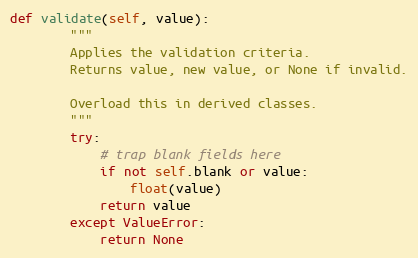
Language: Python
def validate(self, value):
        """
        Applies the validation criteria.
        Returns value, new value, or None if invalid.

        Overload this in derived classes.
        """
        try:
            # trap blank fields here
            if not self.blank or value:
                float(value)
            return value
        except ValueError:
            return None